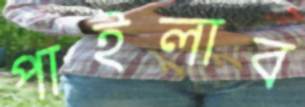
পাইলাব